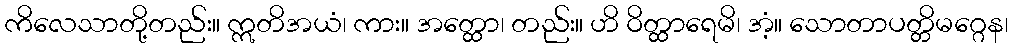
ကိလေသာတို့တည်း။ ဣတိအယံ၊ ကား။ အတ္ထော၊ တည်း။ ဟိ ဝိတ္ထာရေမိ၊ အံ့။ သောတာပတ္တိမဂ္ဂေန၊